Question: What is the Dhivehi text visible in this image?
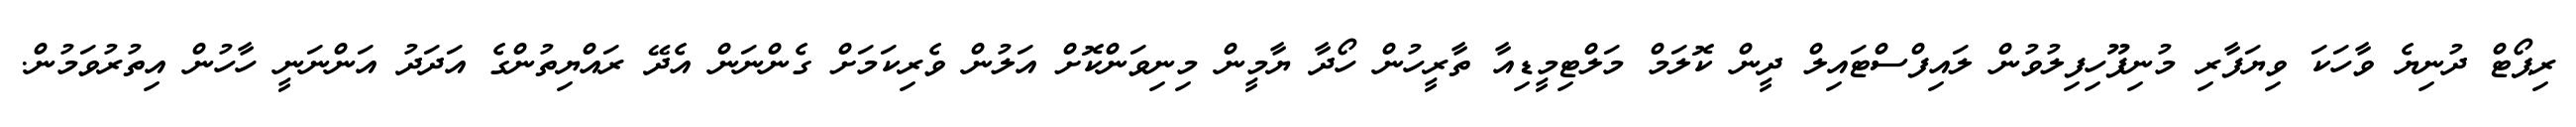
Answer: ރިޕޯޓް ދުނިޔެ ވާހަކަ ވިޔަފާރި މުނިފޫހިފިލުވުން ލައިފްސްޓައިލް ދީން ކޮލަމް މަލްޓިމީޑިއާ ތާރީހުން ހޯދާ ޔާމީން މިނިވަންކޮށް އަލުން ވެރިކަމަށް ގެންނަން އެދޭ ރައްޔިތުންގެ އަދަދު އަންނަނީ ހާހުން އިތުރުވަމުން.